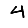
Digit: 4